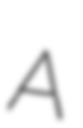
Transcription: A